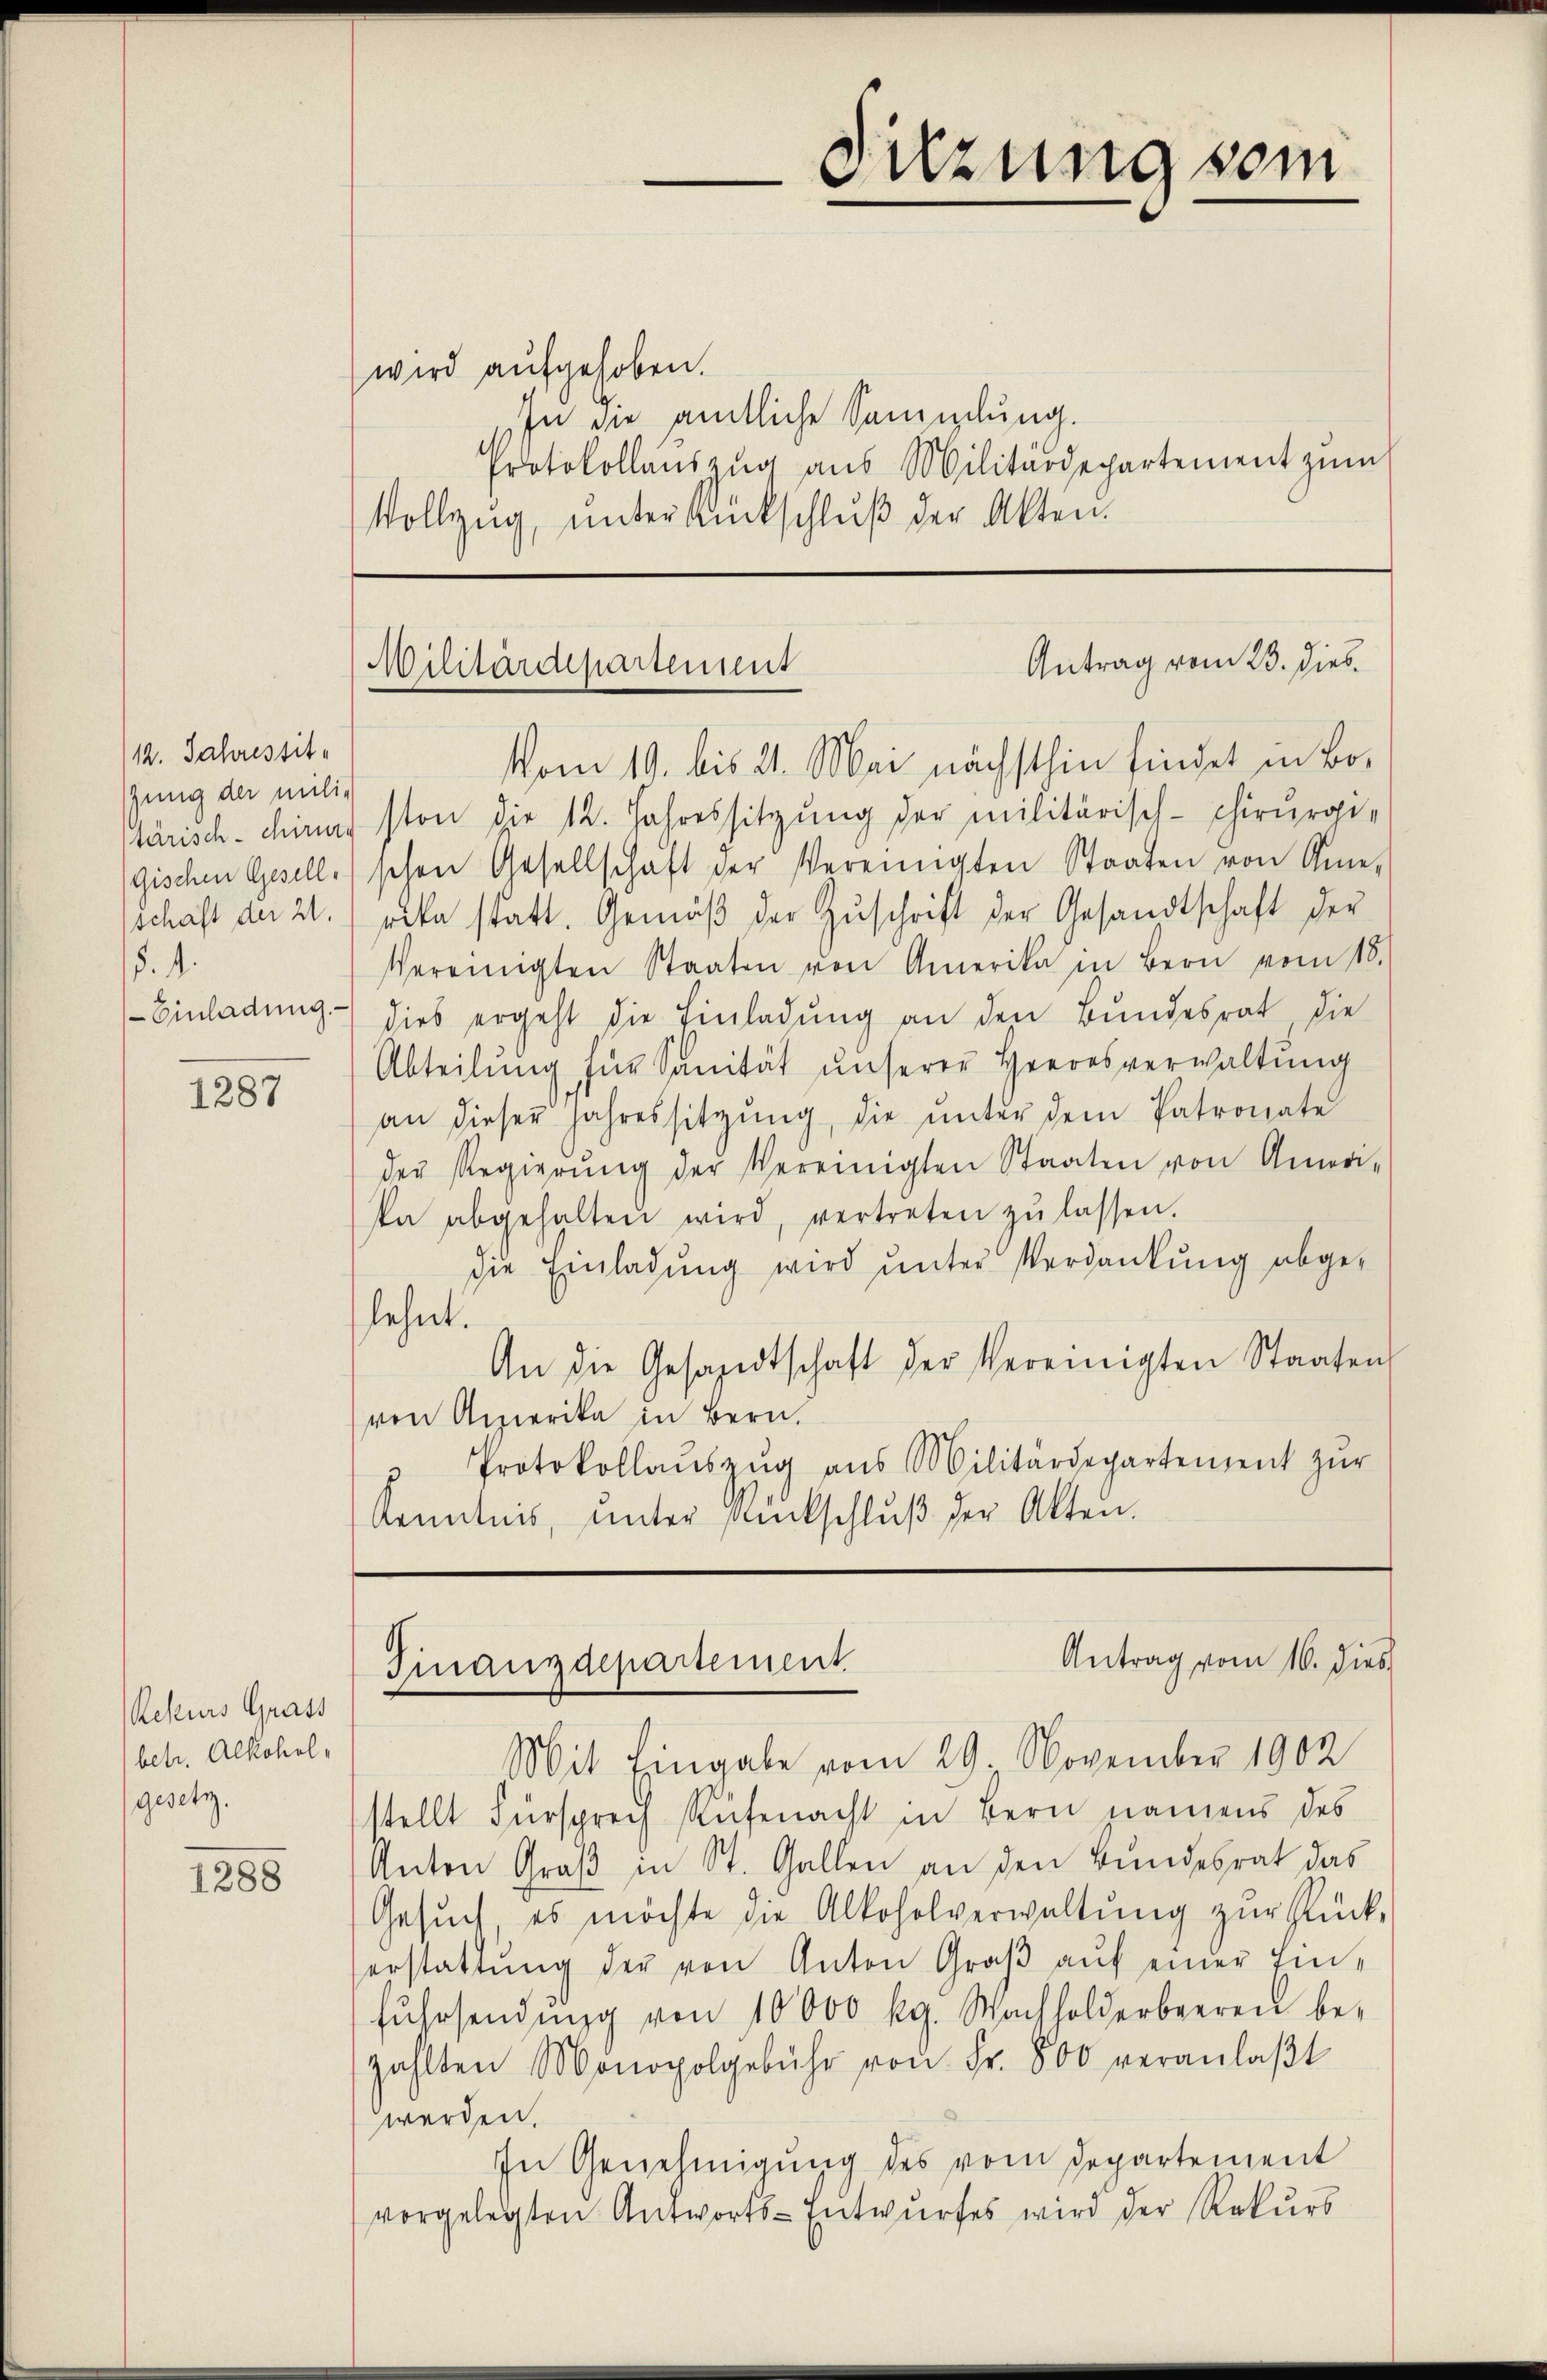
1287

Reseurs Grass
betr. Alkohol,
gesetz.

1288

wird aufgehoben.
In die amtliche Sammlung.
Protokollaŭszŭg aŭs Militärdepartement zŭm
Vollzŭg, ŭnter Rückschlŭβ der Akten.

12. Jahrestit
fung der milie
schaft der 21.
§. 4.

Vom 19. bis 21. Mai nächsthin findet in Botärisch-chira sten die 12. Jahressitzŭng der militärisch-chirurgi¬
Gischen Geselle) schon Gesellschaft der Vereinigten Staaten von Ame-
rite statt. Gemäβ der Zŭschrift der Gesandtschaft der
Vereinigten Staaten von Amerika in Bern vom 18.
Einladung dies ergeht die Einladŭng an den Bŭndesrat die
Abteilŭng für Sanität ŭnserer Heeresverwaltŭng
an dieser Jahressitzŭng, die ŭnter dem Patronate
der Regierŭng der Vereinigten Staaten von Ameri-
ka abgehalten wird, vertreten zŭ lassen.
die Einladung wird unter Verdankung abgelehnt.
An die Gesandtschaft der Vereinigten Staaten
von Amerika in Bern,
" Protokollaŭszŭg aŭs Militärdepartement zŭr
Kenntnis, unter Rückschlŭβ der Akten.

Sitzung vom

Antrag vom 23. dies
Militärdepartement

Antrag vom 16. dies
Finanzdepartement

Mit Eingabe vom 29. November 1902
stellt Fürsprech Rüfenacht in Bern namens des
Anton Groß in St. Gallen an den Bundesrat das
Gesŭch, es möchte die Alkoholverwaltŭng zŭr Rück-
erstattŭng der von Anton Graβ aŭf einer Einfŭhrsendŭng von 10000 kg. Wachholderbeeren be-
zahlten Monopolgebühr von Fr. 800 veranlaβt
werden.
In Genehmigŭng des vom Departement
vorgelegten Antworts-Entwurfes wird der Rekurs